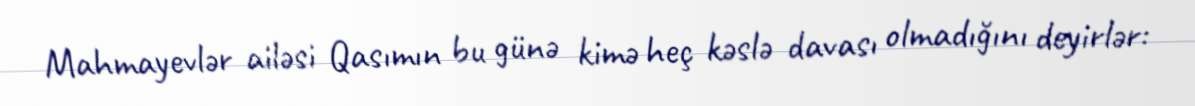
Mahmayevlər ailəsi Qasımın bu günə kimə heç kəslə davası olmadığını deyirlər: